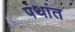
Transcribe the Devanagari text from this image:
पंथांत